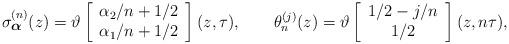
LaTeX: \begin{align*}\sigma^{(n)}_{\mbox{\footnotesize\boldmath $\alpha $}}(z)=\vartheta\left[\begin{array}{c} \alpha _2 /n +1/2 \\ \alpha _1 /n+1/2 \end{array} \right](z,\tau ), ~~~~~~\theta^{(j)}_n (z)=\vartheta\left[\begin{array}{c} 1/2 - j/n \\ 1/2 \end{array}\right](z,n\tau ),\end{align*}